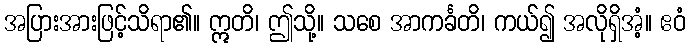
အပြားအားဖြင့်သိရာ၏။ ဣတိ၊ ဤသို့။ သစေ အာကင်္ခတိ၊ ကယ်၍ အလိုရှိအံ့။ ဧဝံ